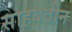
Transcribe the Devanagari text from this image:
साहबदीन